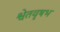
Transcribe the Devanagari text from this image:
श्वेतवृषभ